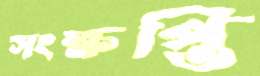
সংক্ষপ্তি